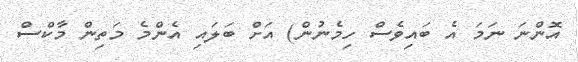
އޮންނަ ނަމަ އެ ބައިވެސް ހިމެނުން) އަށް ބަލައި އެންމެ މަތިން މާކްސް